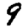
Digit: 9